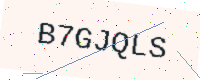
Text: B7GJQLS